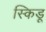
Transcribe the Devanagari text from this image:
स्किडू